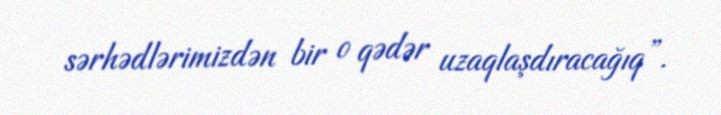
sərhədlərimizdən bir o qədər uzaqlaşdıracağıq”.